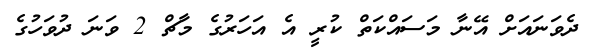
ދެވަނައަށް އޭނާ މަސައްކަތް ކުރީ އެ އަހަރުގެ މާޗް 2 ވަނަ ދުވަހުގެ